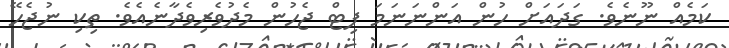
ކަމެއް ނޫނެވެ. ގަދައަށް ހުން އަންނަނަމަ ފިޓް ޖެހުން މެދުވެރިވެދާނެއެވެ. ތިކި ނުޖެހޭ